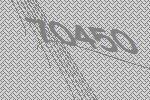
70450